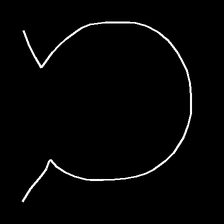
Glyph: weave